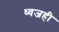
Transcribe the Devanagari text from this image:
ध्वजही